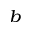
^ { b }